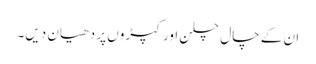
ان کے چال چلن اور کپڑوں پر دھیان دیں۔